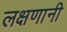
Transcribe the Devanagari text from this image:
लक्षणानी